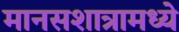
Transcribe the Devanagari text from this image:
मानसशात्रामध्ये